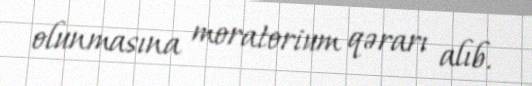
olunmasına moratorium qərarı alıb.